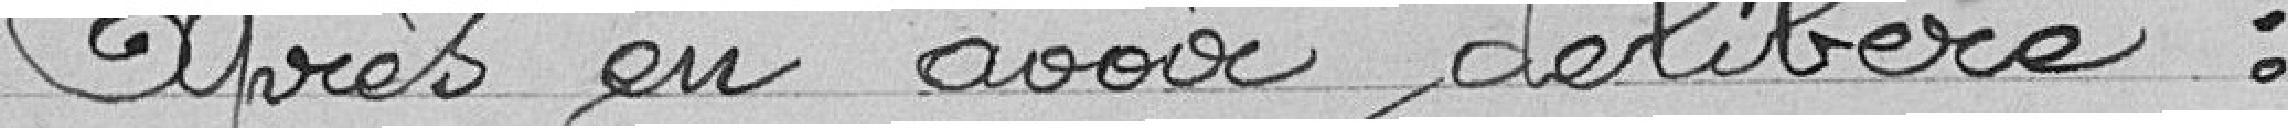
Après en avoir délibéré: